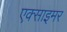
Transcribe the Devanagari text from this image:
एक्‍साइमर